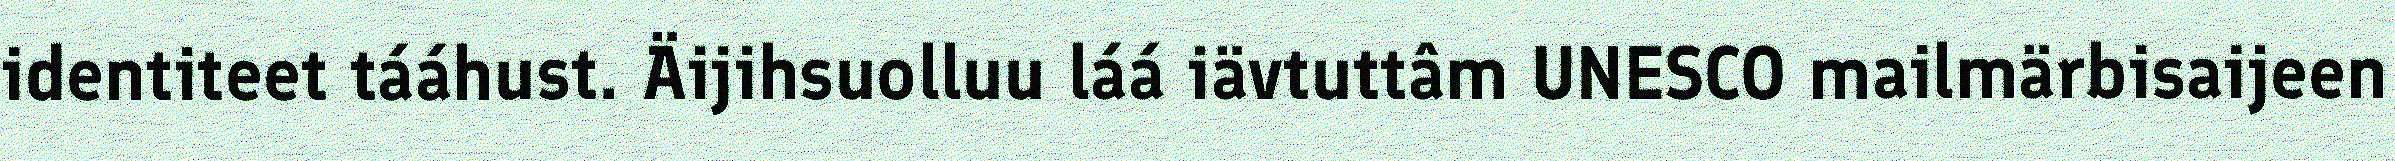
identiteet tááhust. Äijihsuolluu láá iävtuttâm UNESCO mailmärbisaijeen